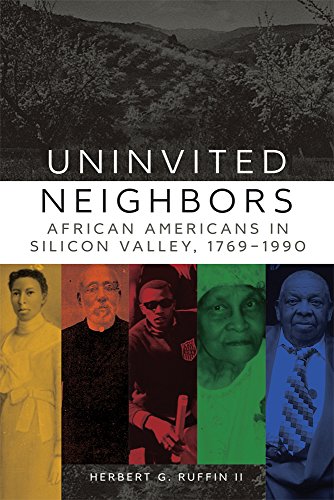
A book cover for Uninvited Neighbors: African Americans in Silicon Valley, 1769EE1990 (Race and Culture in the American West Series); Herbert G. Ruffin II; Law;